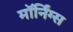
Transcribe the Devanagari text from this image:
मॉर्निंग्स